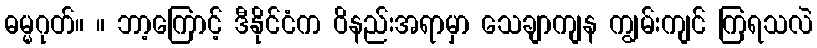
ဓမ္မဂုတ်။ ။ ဘာ့ကြောင့် ဒီနိုင်ငံက ဝိနည်းအရာမှာ သေချာကျန ကျွမ်းကျင် ကြရသလဲ